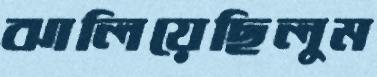
ঝালিয়েছিলুম